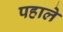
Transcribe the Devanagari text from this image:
पहाले